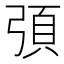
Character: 𭚻